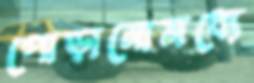
পোড়ানোমধ্যে